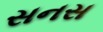
સનસ